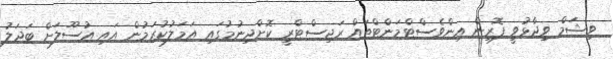
ވިޝަމް ވިދާޅުވީ ފޮރިން އިންވެސްޓްމަންޓްތައް ރަޖިސްޓްރީ ކޮށްދިނުމުގައި އަމަލުކުރަމުން އައި އުސޫލަށް ބަދަލު